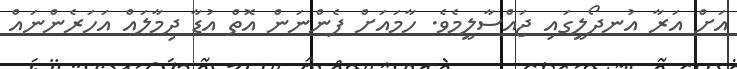
އަށް އަރާ އުނދޯލީގައި ޖައްސާލީމެވެ. ހާމައަށް ފެންނަން އޮތް އުޑާ ދިމާލައް އަހަރެންނައް